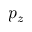
p _ { z }